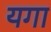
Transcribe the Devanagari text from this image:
यगा